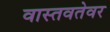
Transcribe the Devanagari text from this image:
वास्तवतेवर